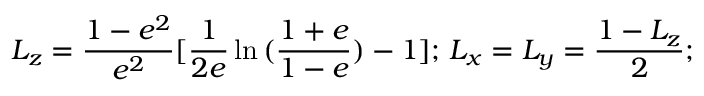
L _ { z } = \frac { 1 - e ^ { 2 } } { e ^ { 2 } } [ \frac { 1 } { 2 e } \ln { ( \frac { 1 + e } { 1 - e } } ) - 1 ] ; \, L _ { x } = L _ { y } = \frac { 1 - L _ { z } } { 2 } ;